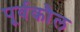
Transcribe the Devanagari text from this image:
पूर्वकौल